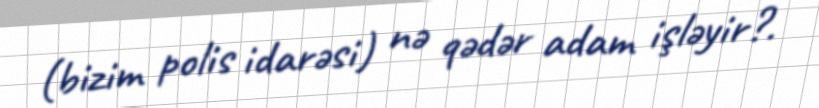
(bizim polis idarəsi) nə qədər adam işləyir?.